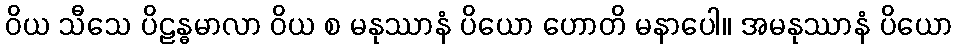
ဝိယ သီသေ ပိဠန္ဓမာလာ ဝိယ စ မနုဿာနံ ပိယော ဟောတိ မနာပေါ။ အမနုဿာနံ ပိယော